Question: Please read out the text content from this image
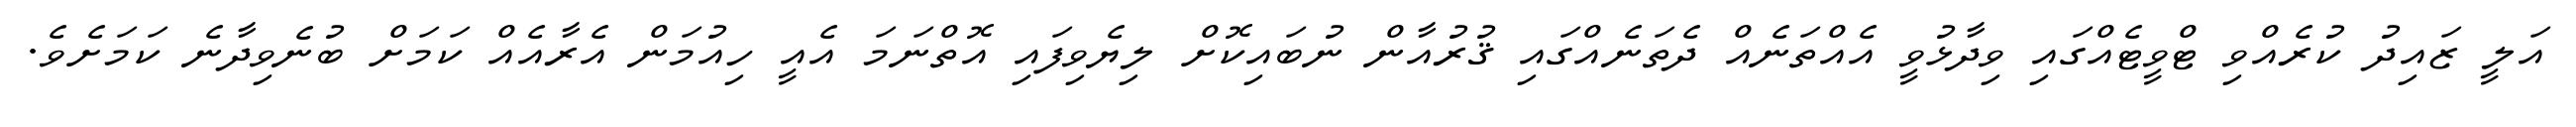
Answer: އަލީ ޒައިދު ކުރެއްވި ޓްވީޓެއްގައި ވިދާޅުވީ އެއްތަނެއް ދެތަނެއްގައި ޤުރުއާން ނުބައިކޮށް ލިޔެވިފައި އޮތްނަމަ އެއީ ހިއުމަން އެރާއެއް ކަމަށް ބުނެވިދާނެ ކަމަށެވެ.